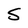
Character: S